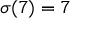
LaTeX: \sigma ( 7 ) = 7